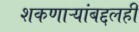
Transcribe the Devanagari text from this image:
शकणाऱ्यांबद्दलही